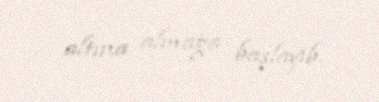
altına almağa başlayıb.